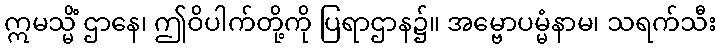
ဣမသ္မိံ ဌာနေ၊ ဤဝိပါက်တို့ကို ပြရာဌာန၌။ အမ္ဗောပမ္မံနာမ၊ သရက်သီး